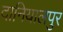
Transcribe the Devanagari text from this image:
दानियालपुर